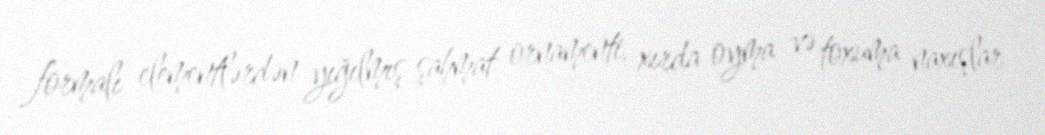
formalı elementlərdən yığılmış şahmat ornamenti, xırda oyma və toxuma naxışlar